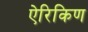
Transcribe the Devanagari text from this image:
ऐरिकिण